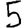
Digit: 5